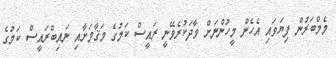
މެމްބަރުން ފިޔަވައި އެހެން މީހުންނަށް ވާދަކުރެވޭނީ ރައީސް ކަމުގެ މަޤާމަށާއި ނައިބްރައީސް ކަމުގެ